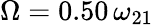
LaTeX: \Omega=0.50\, \omega_{21}